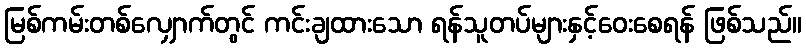
မြစ်ကမ်းတစ်လျှောက်တွင် ကင်းချထားသော ရန်သူတပ်များနှင့်ဝေးစေရန် ဖြစ်သည်။